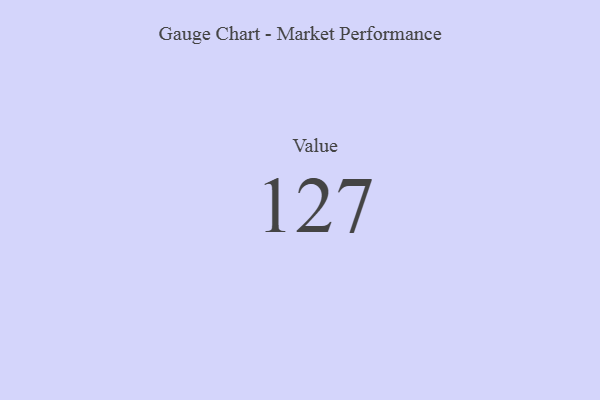
{"axis": {"x": "Metric", "y": "Value"}, "legend": [""], "data": [{"x": "Value", "y": 127, "type": ""}]}